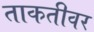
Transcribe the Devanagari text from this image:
ताकतीवर